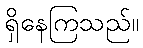
ရှိနေကြသည်။